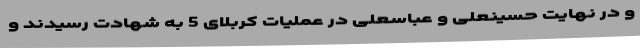
و در نهایت حسینعلی و عباسعلی در عملیات کربلای 5 به شهادت رسیدند و